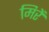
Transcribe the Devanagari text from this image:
मिरें